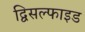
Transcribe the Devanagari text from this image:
द्विसल्फाइड